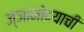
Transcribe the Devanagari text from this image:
ज्ञानोदयाची